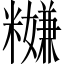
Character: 𥽎